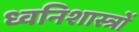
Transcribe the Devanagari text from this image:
ध्वनिशास्त्रों